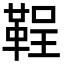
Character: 鞓